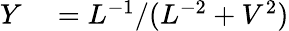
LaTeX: \begin{array}{rl}{Y}&{{}=L^{-1}/(L^{-2}+V^{2})}\end{array}